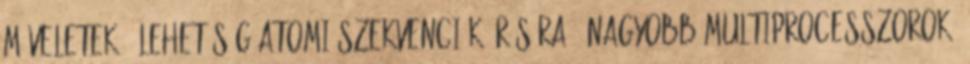
műveletek – Lehetőség atomi szekvenciák írására ● Nagyobb multiprocesszorok,